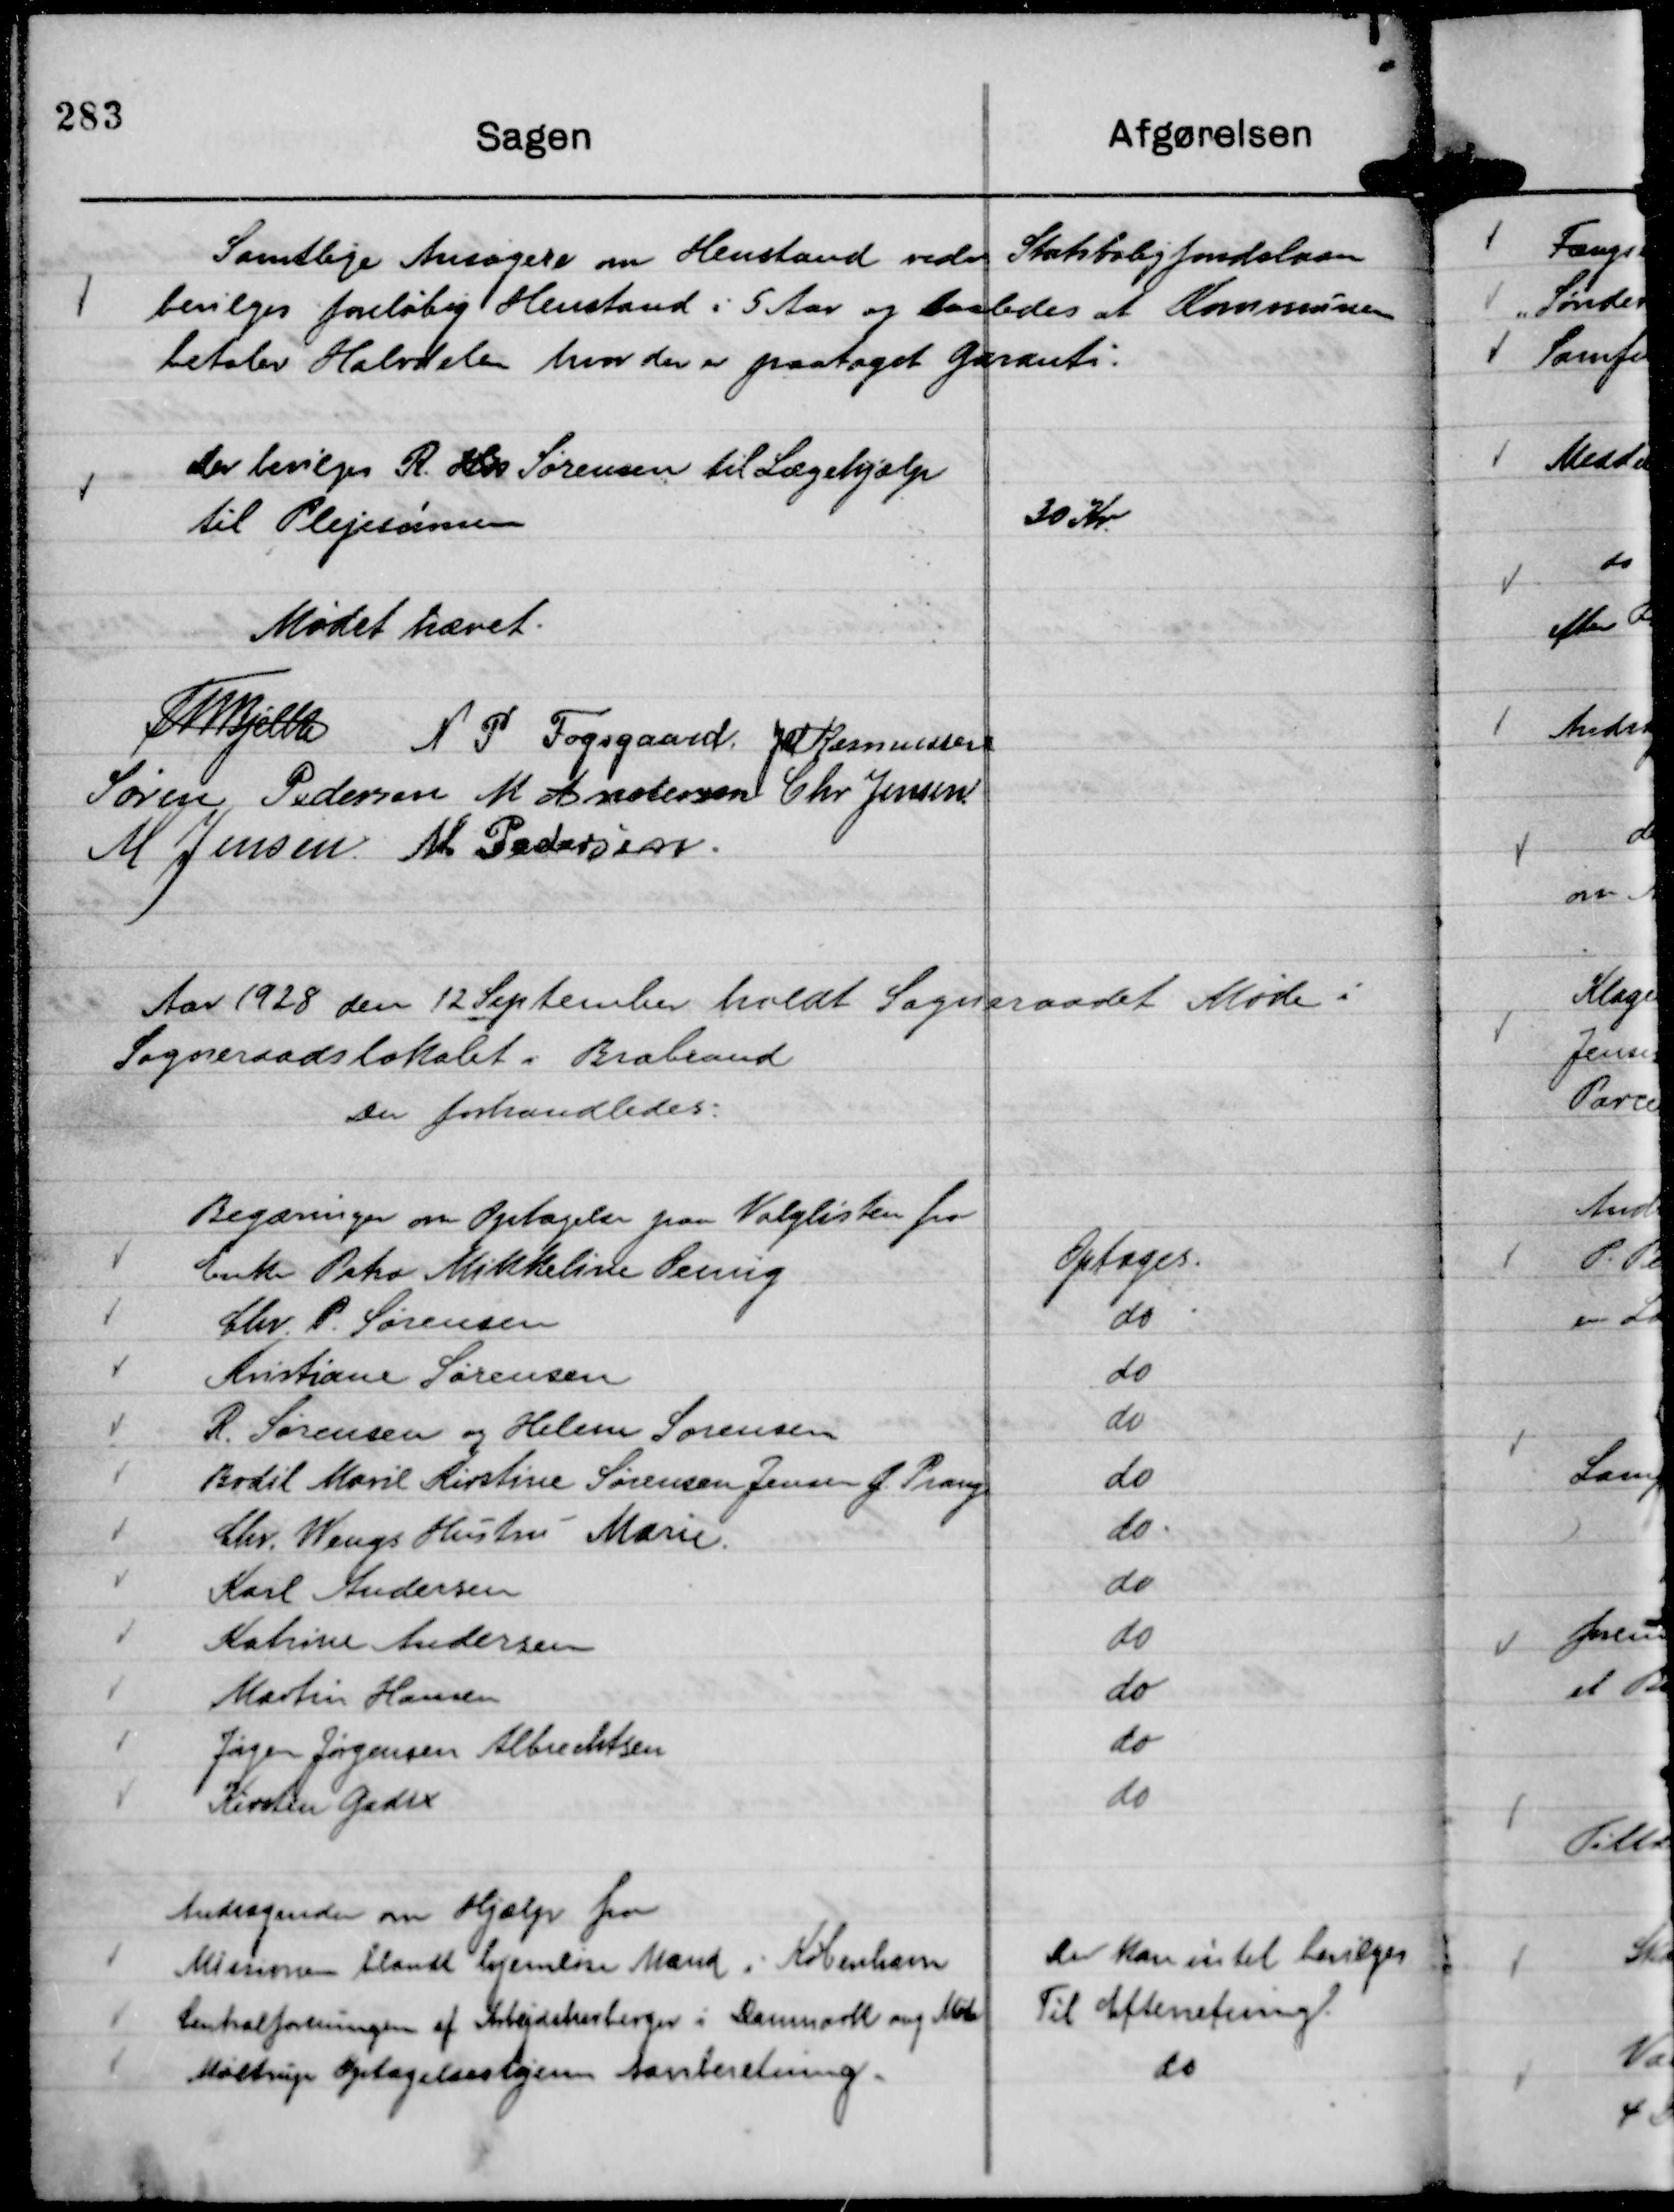
Transskription:
Samtlige Ansøgere om Henstand vedr Statsboligfonden
bevilges foreløbig Henstand i 5 Aar og saaledes at Kommunen
betaler Halvdelen hvor der er paa paataget Garanti.

Der bevilges R. Hos Sørensen til Lægehjælp
til Plejesønnen

30 Kr.

Mødet hævet.
Th Bjelke
N P Fogsgaard.
JM Rasmussen
Søren Pedersen
M Andersen
Chr Jensen.
M Jensen.
M Pedersen.

Aar 1928 den 12 September holdt Sogneraadet Møde i
Sogneraadslokalet i Brabrand
Der forhandledes:

Begæringer om Optagelse paa Valglisten fra

Enke Petra Mikkeline Øemig
Optages.

Chr. P. Sørensen
do

Kristiane Sørensen
do

R. Sørensen og Helene Sørensen
do

Bodil Marie Kirstine Sørensen Jensen f. Prang
do

Chr. Wengs Hustru Marie
do.

Karl Andersen
do

Katrine Andersen
do

Martin Hansen
do

Jørgen Jørgensen Albrechtsen
do

Kirsten Gadix
do

Andragende om Hjælp fra
Missionen blandt hjemløse Mænd i København
Der kan intet bevilges
Centralforeningen af Arbejdsherberger i Danmark ang Møde
Til Efterretning.
Møltrup Optagelseshjems Aarsberetning.
do